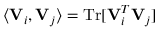
\langle { \bf V } _ { i } , { \bf V } _ { j } \rangle = \mathrm { T r } [ { \bf V } _ { i } ^ { T } { \bf V } _ { j } ]